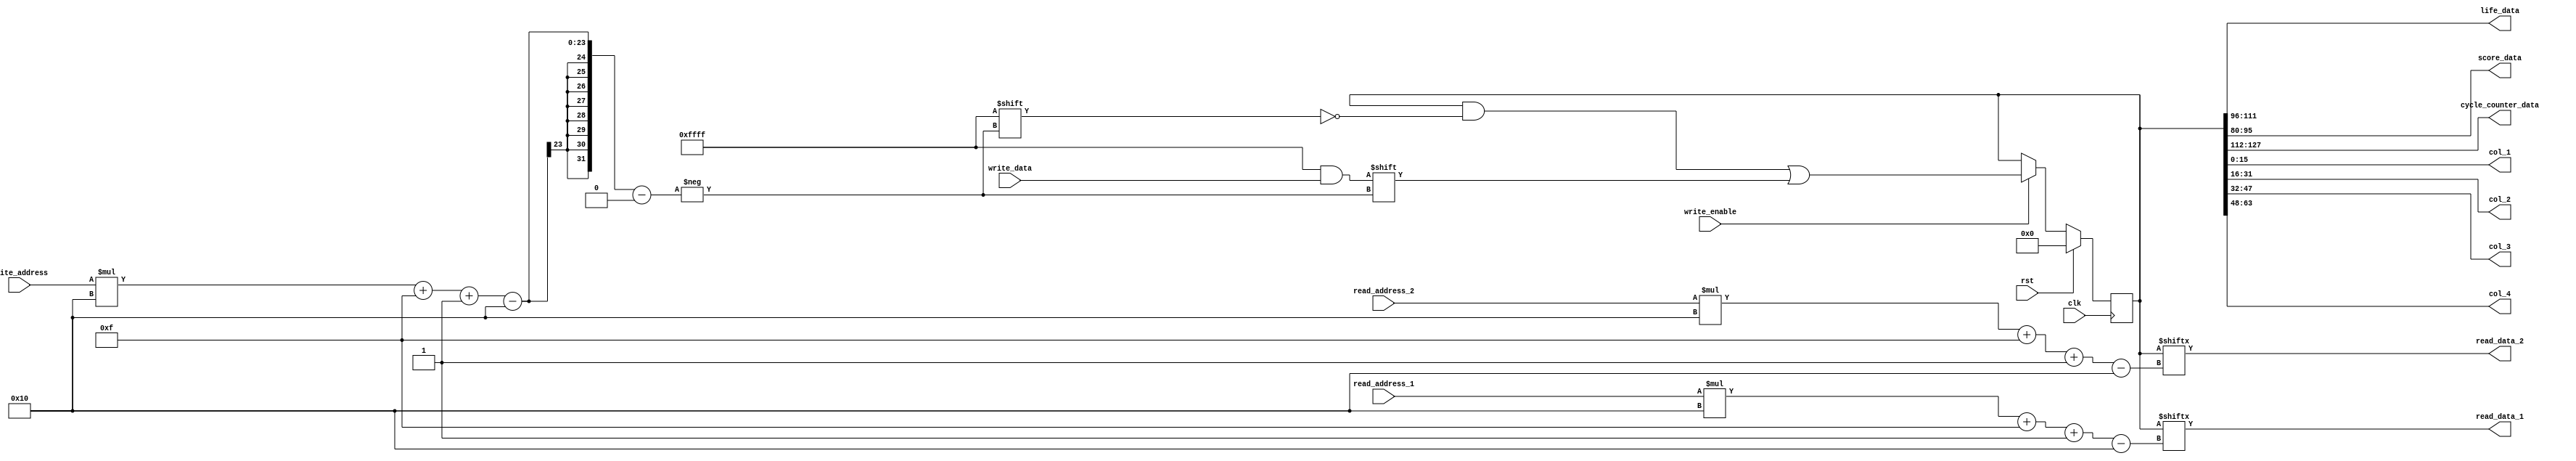
/*
   This file was generated automatically by Alchitry Labs version 1.2.1.
   Do not edit this file directly. Instead edit the original Lucid source.
   This is a temporary file and any changes made to it will be destroyed.
*/

module regfile_3 (
    input clk,
    input rst,
    input [15:0] read_address_1,
    input [15:0] read_address_2,
    output reg [15:0] read_data_1,
    output reg [15:0] read_data_2,
    output reg [15:0] life_data,
    output reg [15:0] score_data,
    output reg [15:0] cycle_counter_data,
    output reg [15:0] col_1,
    output reg [15:0] col_2,
    output reg [15:0] col_3,
    output reg [15:0] col_4,
    input [15:0] write_address,
    input [15:0] write_data,
    input write_enable
  );
  
  
  
  reg [255:0] M_registers_d, M_registers_q = 1'h0;
  
  always @* begin
    M_registers_d = M_registers_q;
    
    read_data_1 = M_registers_q[(read_address_1)*16+15-:16];
    read_data_2 = M_registers_q[(read_address_2)*16+15-:16];
    life_data = M_registers_q[96+15-:16];
    score_data = M_registers_q[80+15-:16];
    cycle_counter_data = M_registers_q[112+15-:16];
    col_1 = M_registers_q[0+15-:16];
    col_2 = M_registers_q[16+15-:16];
    col_3 = M_registers_q[32+15-:16];
    col_4 = M_registers_q[48+15-:16];
    if (write_enable) begin
      M_registers_d[(write_address)*16+15-:16] = write_data;
    end
  end
  
  always @(posedge clk) begin
    if (rst == 1'b1) begin
      M_registers_q <= 1'h0;
    end else begin
      M_registers_q <= M_registers_d;
    end
  end
  
endmodule